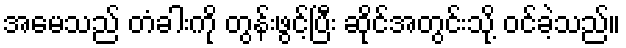
အမေသည် တံခါးကို တွန်းဖွင့်ပြီး ဆိုင်အတွင်းသို့ ဝင်ခဲ့သည်။